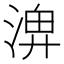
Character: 𪶣